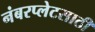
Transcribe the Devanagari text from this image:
नंबरप्लेटसाठी